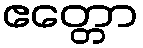
ဧတ္တော